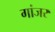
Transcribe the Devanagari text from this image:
गांजर